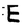
Character: E